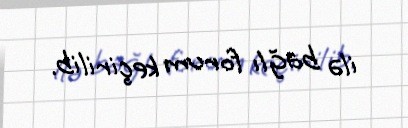
ilə bağlı forum keçirilib.